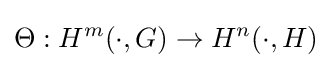
\Theta :H^{m}(\cdot ,G)\to H^{n}(\cdot ,H)